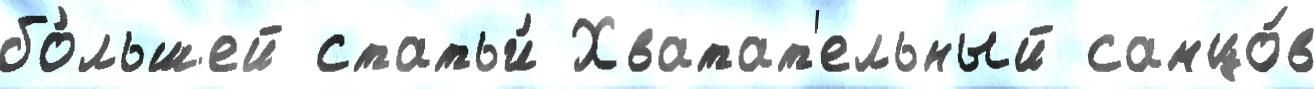
бо́льшей статьи́ Хватат'ельный самцо́в